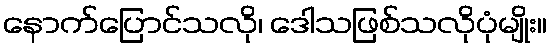
နောက်ပြောင်သလို၊ ဒေါသဖြစ်သလိုပုံမျိုး။